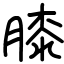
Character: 膝